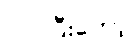
လုပ်ပြီးတော့